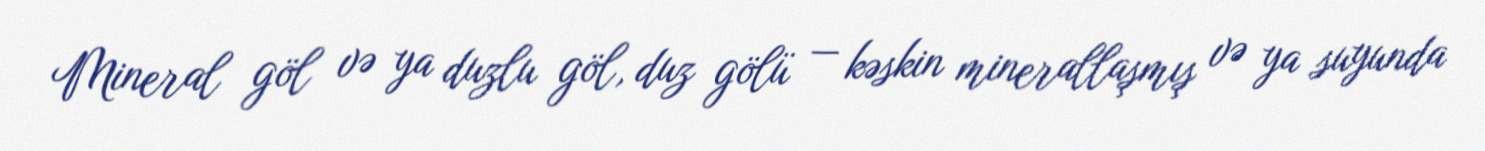
Mineral göl və ya duzlu göl, duz gölü — kəskin minerallaşmış və ya suyunda